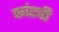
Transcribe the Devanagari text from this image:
कांटची